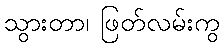
သွားတာ၊ ဖြတ်လမ်းကွ